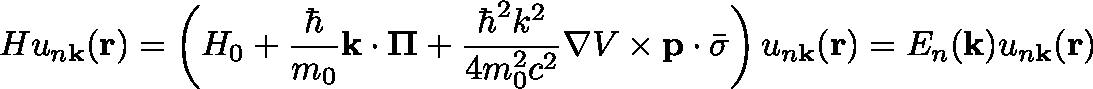
H u _ { n \mathbf { k } } ( \mathbf { r } ) = \left( H _ { 0 } + { \frac { \hbar } { m _ { 0 } } } \mathbf { k } \cdot \mathbf { \Pi } + { \frac { \hbar ^ { 2 } k ^ { 2 } } { 4 m _ { 0 } ^ { 2 } c ^ { 2 } } } \nabla V \times \mathbf { p } \cdot { \bar { \sigma } } \right) u _ { n \mathbf { k } } ( \mathbf { r } ) = E _ { n } ( \mathbf { k } ) u _ { n \mathbf { k } } ( \mathbf { r } )